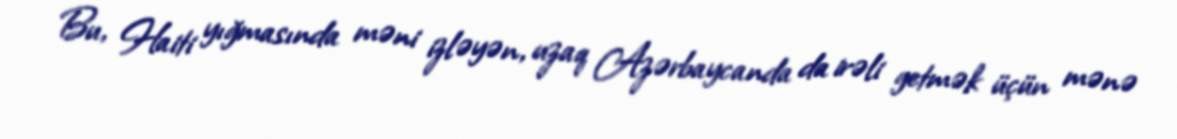
Bu, Haiti yığmasında məni izləyən, uzaq Azərbaycanda da irəli getmək üçün mənə